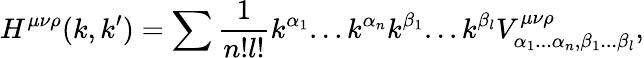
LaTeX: H^{\mu\nu\rho}(k,k^{\prime})=\sum\frac{1}{n!l!}k^{\alpha_{1}}...k^{\alpha_{n}}k^{\beta_{1}}...k^{\beta_{l}}V_{\alpha_{1}...\alpha_{n},\beta_{1}...\beta_{l}}^{\mu\nu\rho},